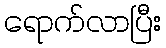
ရောက်လာပြီး